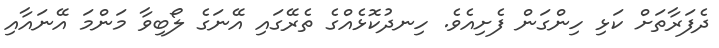
ދެފަރާތަށް ކަޅި ހިންގަން ފެށިއެވެ. ހިނދުކޮޅެއްގެ ތެރޭގައި އޭނަގެ ލޯބިވާ މަންމަ އޭނައާއި